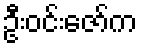
ဦးဝင်းဇော်က